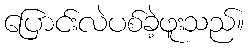
ပြောင်းလဲပစ်ခဲ့ဖူးသည်။